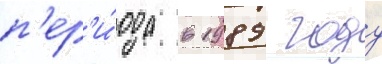
п'ер'и́ода в 1989 году